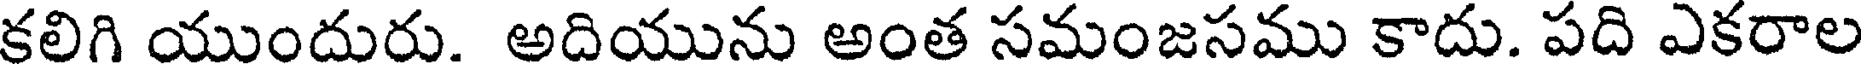
కలిగి యుందురు. అదియును అంత సమంజసము కాదు. పది ఎకరాల